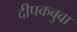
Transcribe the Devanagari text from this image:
दीपकबुवा